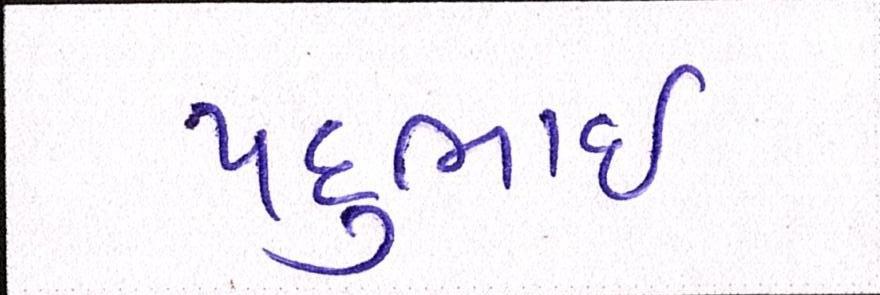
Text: પદુભાઈ